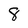
Character: 8